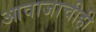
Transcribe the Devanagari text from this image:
आवाजाचीही